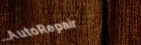
AutoRepair